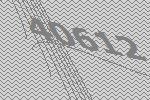
40612